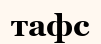
тафс